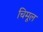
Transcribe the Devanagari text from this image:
चिमूल